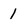
Character: 1